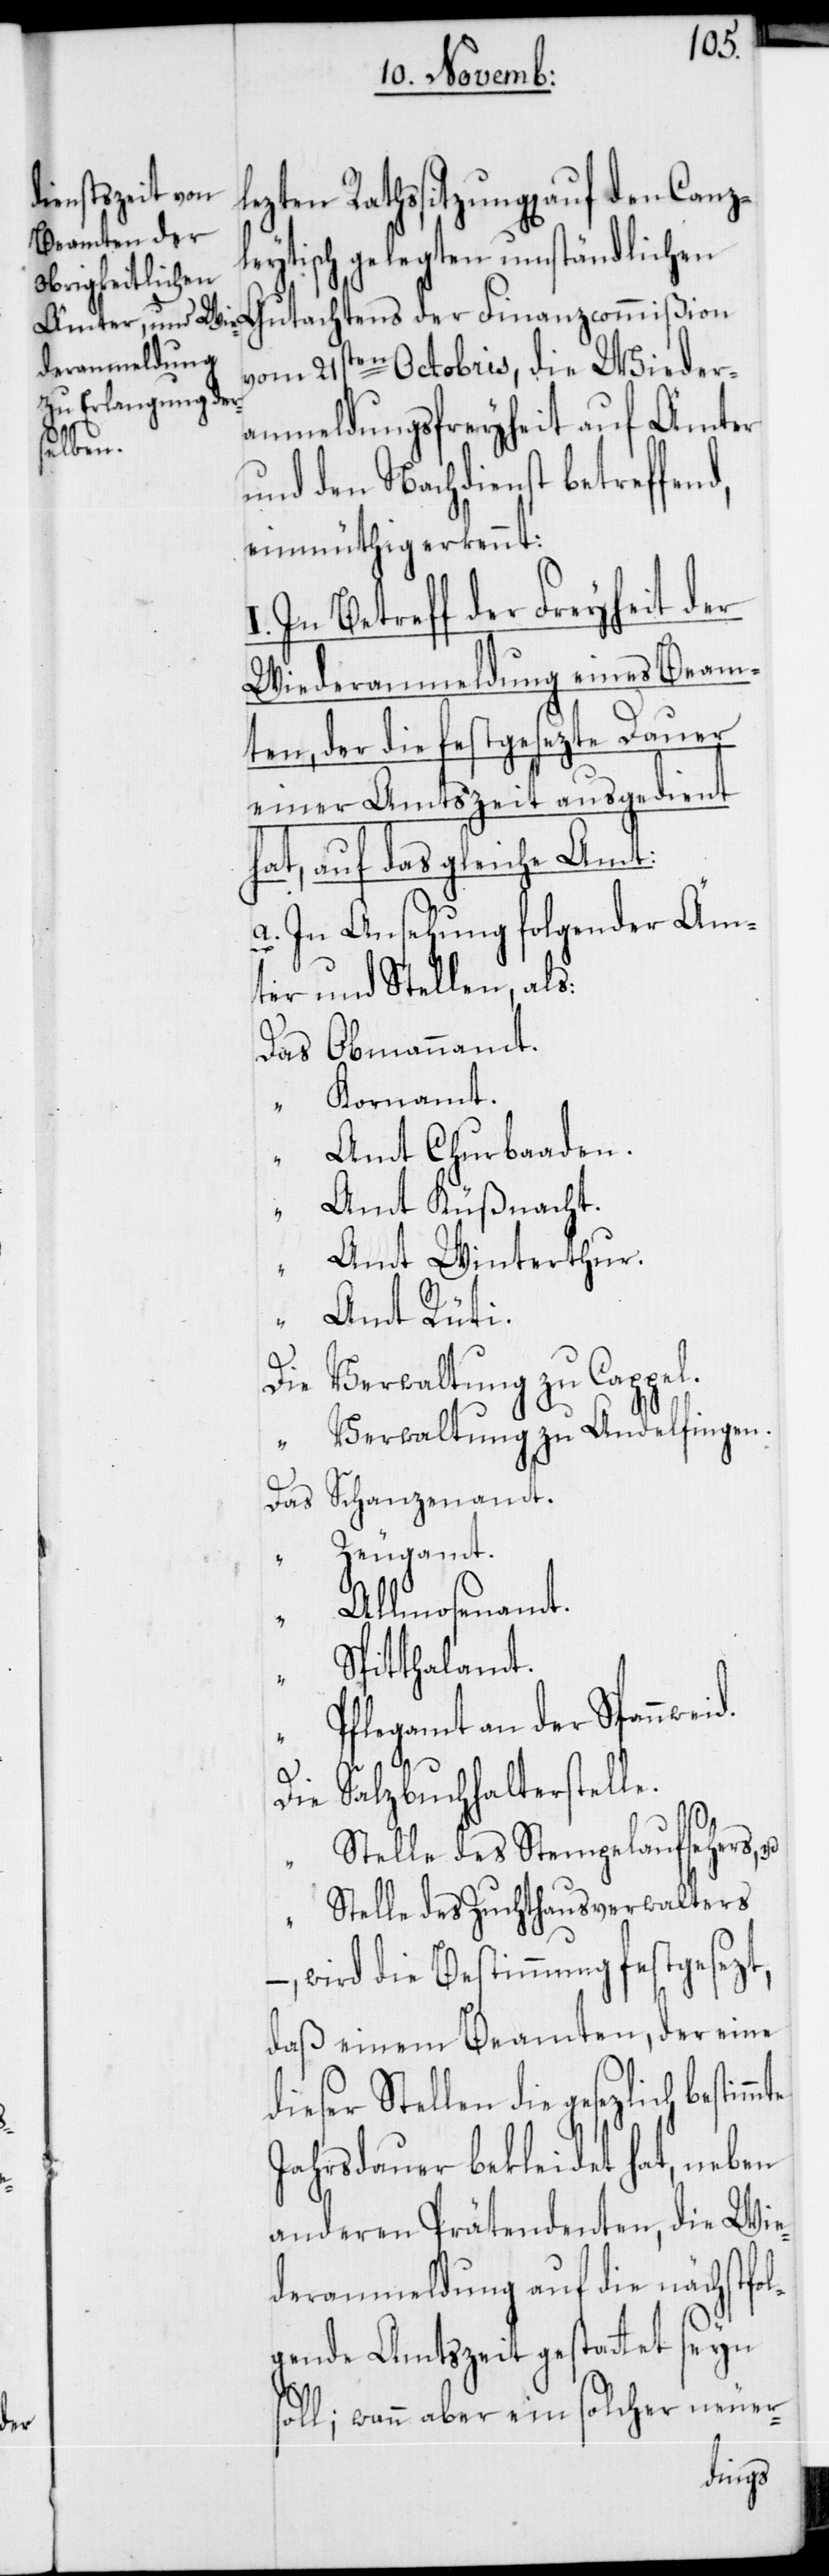
den

Canzl¬

eytisch gelegten umständlichen
Gutachtens der Finanzcommißion
vom 21sten Octobris, die Wieder¬
anmeldungsfreyheit auf Ämter
und den Nachdienst betreffend,
einmüthig erkennt:
In Betreff der Freyheit der
Wiederanmeldung eines Beam¬
ten, der die festgesezte Dauer
einer Amtszeit ausgedient
hat, auf das gleiche Amt:
a. In Ansehung folgender Äm¬
ter und Stellen, als:
Das Obmannamt.
“ Kornamt.
Amt Churbaden.
Amt Küßnacht.
“
Amt Winterthur.
s¬
Amt Rüti.
Verwaltung zu Cappel.
Verwaltung zu Andelfingen.
Das Schanzenamt.
Zeugamt.
Allmosenamt.
Spitthalamt.
Pflegamt an der Spannwei¬
Salzbuchhalterstelle.
Die
Stelle des Stempelaufsehers,
Stelle des Zuchthausverwalters
–, wird die Bestimmung festgesezt,
daß einem Beamten, der eine
dieser Stellen die gesezlich
Jahrsdauer bekleidet hat, neben
anderen Prätendenten, die Wie¬
deranmeldung auf die nächstfo¬
lgende Amtszeit gestattet seyn
oll; wann aber ein solcher neuer-